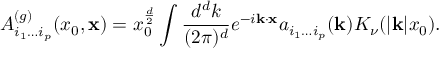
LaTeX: A _ { i _ { 1 } \ldots i _ { p } } ^ { ( g ) } ( x _ { 0 } , { \bf x } ) = x _ { 0 } ^ { \frac { d } { 2 } } \int { \frac { d ^ { d } k } { ( 2 \pi ) ^ { d } } } e ^ { - i { \bf k } \cdot { \bf x } } a _ { i _ { 1 } \ldots i _ { p } } ( { \bf k } ) K _ { \nu } ( | { \bf k } | x _ { 0 } ) .